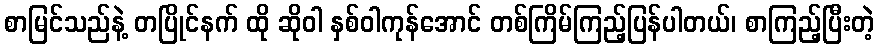
စာမြင်သည်နဲ့ တပြိုင်နက် ထို ဆိုဝါ နှစ်ဝါကုန်အောင် တစ်ကြိမ်ကြည့်ပြန်ပါတယ်၊ စာကြည့်ပြီးတဲ့